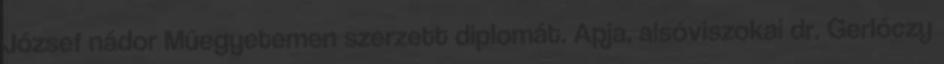
József nádor Műegyetemen szerzett diplomát. Apja, alsóviszokai dr. Gerlóczy